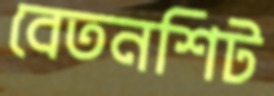
বেতনশিট